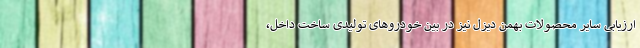
ارزیابی سایر محصولات بهمن دیزل نیز در بین خودروهای تولیدی ساخت داخل،